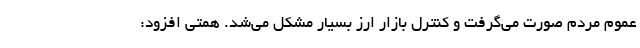
عموم مردم صورت می‌گرفت و کنترل بازار ارز بسیار مشکل می‌شد. همتی افزود: